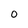
Character: O